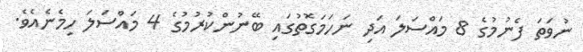
ނުވަތަ ފެނުމުގެ 8 މައްސަލަ އަދި ނަހަމަގޮތުގައި ބޭނުންކުރުމުގެ 4 މައްސަލަ ހިމެނެއެވެ.